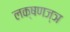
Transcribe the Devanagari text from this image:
लक्षणज्ञ